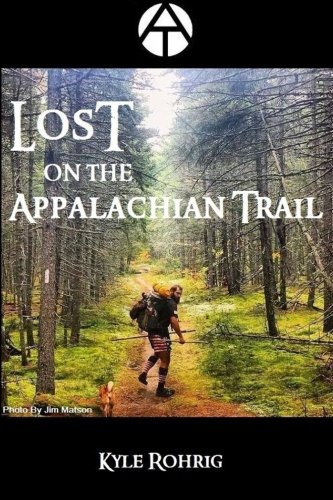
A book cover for Lost on the Appalachian Trail; Kyle S Rohrig; Biographies & Memoirs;